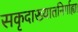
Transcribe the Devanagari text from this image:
सकृदाख्यातनिर्गाह्या